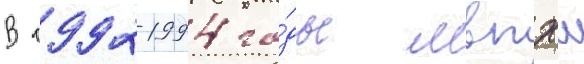
В 1992-1994 го́ды мвпхш